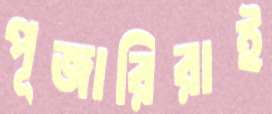
পূজারিরাই